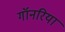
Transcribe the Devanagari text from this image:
गॉनरिया